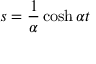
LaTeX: s = \frac { 1 } { \alpha } \cosh \alpha t